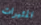
المثيرات